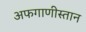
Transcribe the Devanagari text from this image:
अफगाणीस्तान